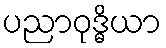
ပညာဝုဒ္ဓိယာ